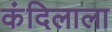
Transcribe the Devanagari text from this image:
कंदिलाला